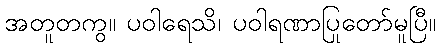
အတူတကွ။ ပဝါရေသိ၊ ပဝါရဏာပြုတော်မူပြီ။